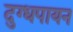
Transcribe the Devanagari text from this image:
दुग्धपायन